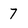
Character: 7